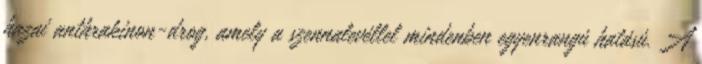
hazai anthrakinon-drog, amely a szennalevéllel mindenben egyenrangú hatású. A